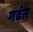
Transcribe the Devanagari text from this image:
गढंत